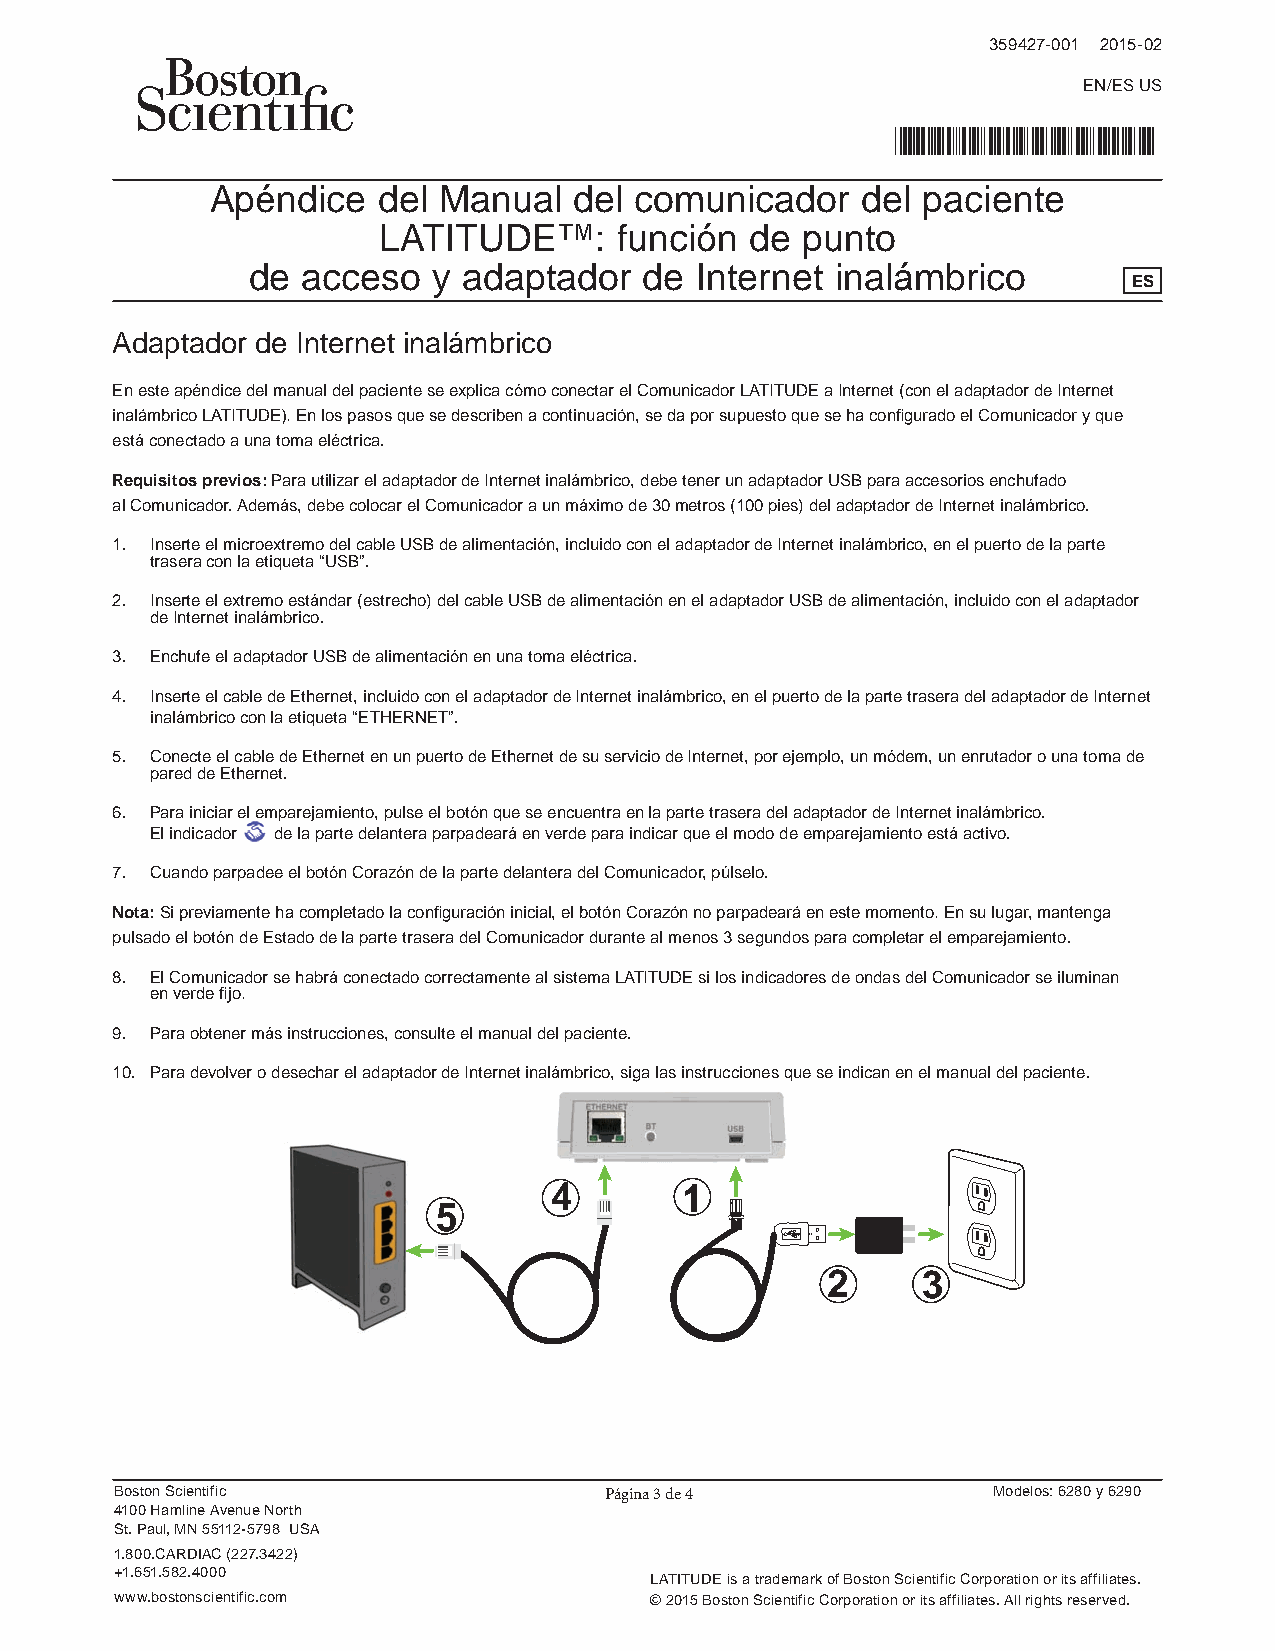
359427-001 2015-02
 EN/ES US
 *359427-001*
 Apéndice   del Manual   del comunicador    del paciente
 LATITUDE™:      función  de punto
 de  acceso   y adaptador   de Internet inalámbrico
 ES
 Adaptador de Internet inalámbrico
 En este apéndice del manual del paciente se explica cómo conectar el Comunicador LATITUDE a Internet (con el adaptador de Internet
 inalámbrico LATITUDE). En los pasos que se describen a continuación, se da por supuesto que se ha configurado el Comunicador y que
 está conectado a una toma eléctrica.
 Requisitos previos: Para utilizar el adaptador de Internet inalámbrico, debe tener un adaptador USB para accesorios enchufado
 al Comunicador. Además, debe colocar el Comunicador a un máximo de 30 metros (100 pies) del adaptador de Internet inalámbrico.
 1. Inserte el microextremo del cable USB de alimentación, incluido con el adaptador de Internet inalámbrico, en el puerto de la parte
 trasera con la etiqueta “USB”.
 2. Inserte el extremo estándar (estrecho) del cable USB de alimentación en el adaptador USB de alimentación, incluido con el adaptador
 de Internet inalámbrico.
 3. Enchufe el adaptador USB de alimentación en una toma eléctrica.
 4. Inserte el cable de Ethernet, incluido con el adaptador de Internet inalámbrico, en el puerto de la parte trasera del adaptador de Internet
 inalámbrico con la etiqueta “ETHERNET”.
 5. Conecte el cable de Ethernet en un puerto de Ethernet de su servicio de Internet, por ejemplo, un módem, un enrutador o una toma de
 pared de Ethernet.
 6. Para iniciar el emparejamiento, pulse el botón que se encuentra en la parte trasera del adaptador de Internet inalámbrico.
 El indicador de la parte delantera parpadeará en verde para indicar que el modo de emparejamiento está activo.
 7. Cuando parpadee el botón Corazón de la parte delantera del Comunicador, púlselo.
 Nota: Si previamente ha completado la configuración inicial, el botón Corazón no parpadeará en este momento. En su lugar, mantenga
 pulsado el botón de Estado de la parte trasera del Comunicador durante al menos 3 segundos para completar el emparejamiento.
 8. El Comunicador se habrá conectado correctamente al sistema LATITUDE si los indicadores de ondas del Comunicador se iluminan
 en verde fijo.
 9. Para obtener más instrucciones, consulte el manual del paciente.
 10. Para devolver o desechar el adaptador de Internet inalámbrico, siga las instrucciones que se indican en el manual del paciente.
 4        1
 5
 2     3
 Boston Scientific               Página 3 de 4             Modelos: 6280 y 6290
 4100 Hamline Avenue North
 St. Paul, MN 55112-5798 USA
 1.800.CARDIAC (227.3422)
 +1.651.582.4000
 LATITUDE is a trademark of Boston Scientific Corporation or its affiliates.
 www.bostonscientific.com           © 2015 Boston Scientific Corporation or its affiliates. All rights reserved.